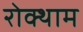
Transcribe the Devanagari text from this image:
रोक्थाम